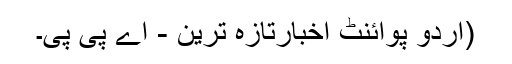
(اُردو پوائنٹ اخبارتازہ ترین - اے پی پی۔